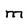
Character: M